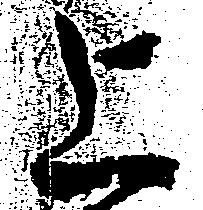
上